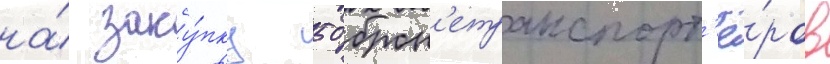
на́ заку́пку 50 брон'етранспорт'ё́ров